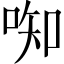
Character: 𫪦